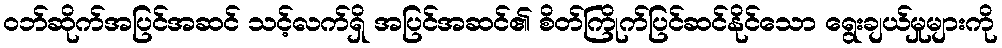
ဝဘ်ဆိုက်အပြင်အဆင် သင့်လက်ရှိ အပြင်အဆင်၏ စိတ်ကြိုက်ပြင်ဆင်နိုင်သော ရွေးချယ်မှုများကို